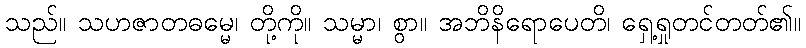
သည်။ သဟဇာတဓမ္မေ၊ တို့ကို။ သမ္မာ၊ စွာ။ အဘိနိရောပေတိ၊ ရှေ့ရှုတင်တတ်၏။